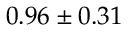
0 . 9 6 \pm 0 . 3 1